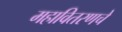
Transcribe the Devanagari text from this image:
महावितरणचे